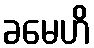
ခမေဟိ